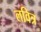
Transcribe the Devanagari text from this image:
लवित्र